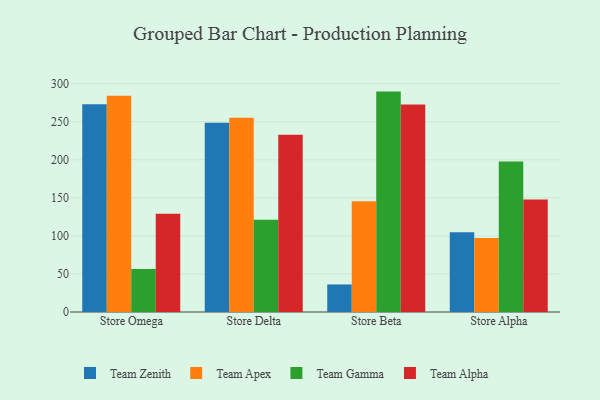
{"axis": {"x": "Store", "y": "Backlog"}, "legend": ["Team Alpha", "Team Apex", "Team Gamma", "Team Zenith"], "data": [{"x": "Store Omega", "y": 273.1, "type": "Team Zenith"}, {"x": "Store Omega", "y": 284.1, "type": "Team Apex"}, {"x": "Store Omega", "y": 56.4, "type": "Team Gamma"}, {"x": "Store Omega", "y": 129.2, "type": "Team Alpha"}, {"x": "Store Delta", "y": 248.7, "type": "Team Zenith"}, {"x": "Store Delta", "y": 255.3, "type": "Team Apex"}, {"x": "Store Delta", "y": 121.1, "type": "Team Gamma"}, {"x": "Store Delta", "y": 233.0, "type": "Team Alpha"}, {"x": "Store Beta", "y": 36.2, "type": "Team Zenith"}, {"x": "Store Beta", "y": 145.5, "type": "Team Apex"}, {"x": "Store Beta", "y": 289.6, "type": "Team Gamma"}, {"x": "Store Beta", "y": 272.5, "type": "Team Alpha"}, {"x": "Store Alpha", "y": 104.9, "type": "Team Zenith"}, {"x": "Store Alpha", "y": 97.3, "type": "Team Apex"}, {"x": "Store Alpha", "y": 197.8, "type": "Team Gamma"}, {"x": "Store Alpha", "y": 147.7, "type": "Team Alpha"}]}